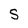
Character: S